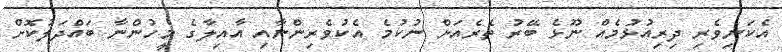
އެކަނިވެރި ދިރިއުޅުމެއް ނޫޅެ ބޭރު ތެރެއަށް ނުކުމެ އެކުވެރިންނާއި އާއިލާގެ މީހުންނާ ބައްދަލުކޮށް